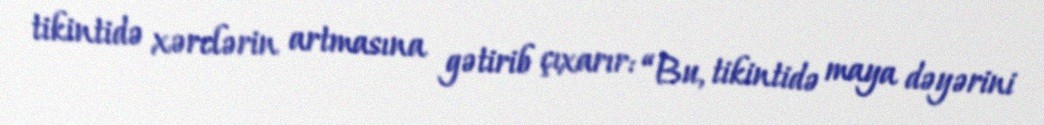
tikintidə xərclərin artmasına gətirib çıxarır: “Bu, tikintidə maya dəyərini